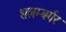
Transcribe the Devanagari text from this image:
शलम्बर्गर